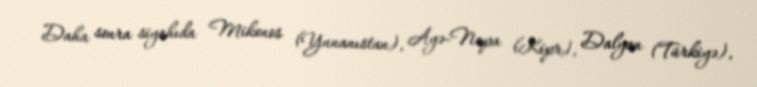
Daha sonra siyahıda Mikonos (Yunanıstan), Ayə-Napa (Kipr), Dalyan (Türkiyə),